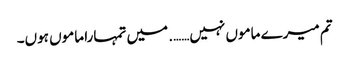
تم میرے ماموں نہیں……. میں تمہارا ماموں ہوں۔